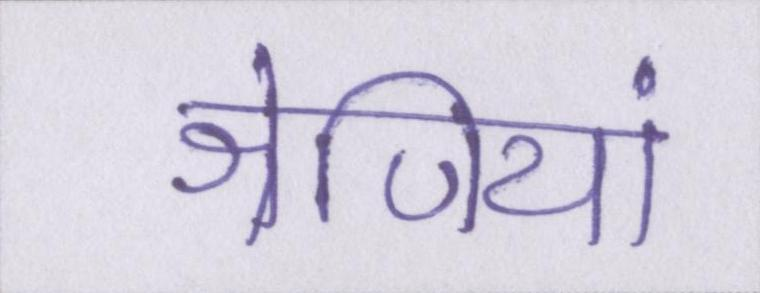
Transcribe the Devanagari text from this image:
श्रेणियां